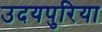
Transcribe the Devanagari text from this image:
उदयपुरिया